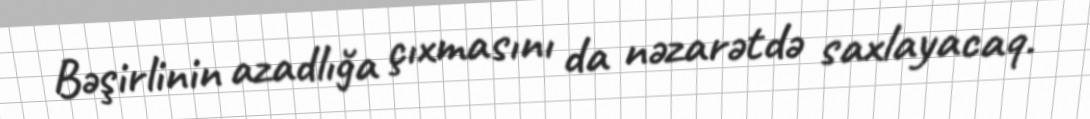
Bəşirlinin azadlığa çıxmasını da nəzarətdə saxlayacaq.